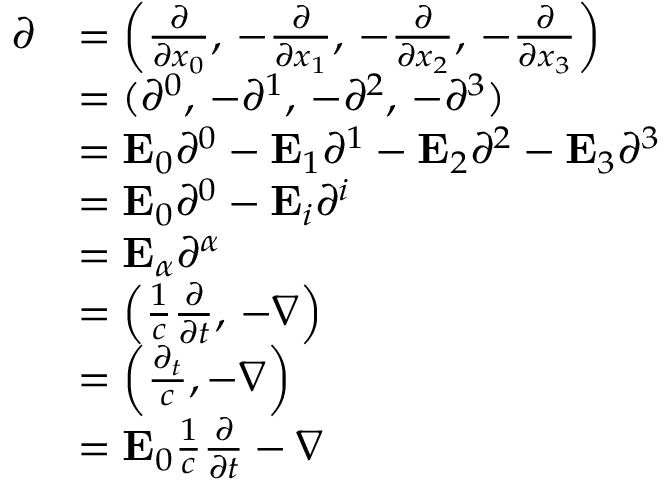
{ \begin{array} { r l } { { \boldsymbol { \partial } } } & { = \left( { \frac { \partial } { \partial x _ { 0 } } } , \, - { \frac { \partial } { \partial x _ { 1 } } } , \, - { \frac { \partial } { \partial x _ { 2 } } } , \, - { \frac { \partial } { \partial x _ { 3 } } } \right) } \\ & { = ( \partial ^ { 0 } , \, - \partial ^ { 1 } , \, - \partial ^ { 2 } , \, - \partial ^ { 3 } ) } \\ & { = \mathbf { E } _ { 0 } \partial ^ { 0 } - \mathbf { E } _ { 1 } \partial ^ { 1 } - \mathbf { E } _ { 2 } \partial ^ { 2 } - \mathbf { E } _ { 3 } \partial ^ { 3 } } \\ & { = \mathbf { E } _ { 0 } \partial ^ { 0 } - \mathbf { E } _ { i } \partial ^ { i } } \\ & { = \mathbf { E } _ { \alpha } \partial ^ { \alpha } } \\ & { = \left( { \frac { 1 } { c } } { \frac { \partial } { \partial t } } , \, - \nabla \right) } \\ & { = \left( { \frac { \partial _ { t } } { c } } , - \nabla \right) } \\ & { = \mathbf { E } _ { 0 } { \frac { 1 } { c } } { \frac { \partial } { \partial t } } - \nabla } \end{array} }